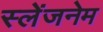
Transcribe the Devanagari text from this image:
स्लेंजनेम